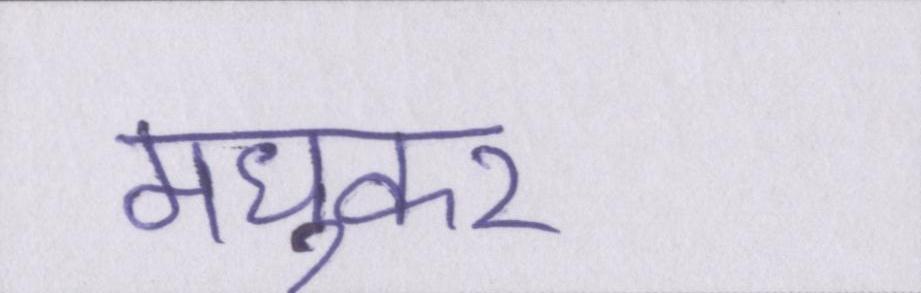
मध्ुकर